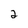
Character: 2